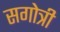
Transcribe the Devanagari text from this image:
सगोत्री